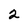
Character: 2